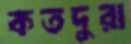
কতদুরা